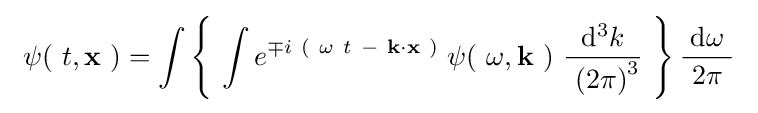
\ \psi (\ t,\mathbf {x} \ )=\int \left\{\ \int e^{\mp i\ \left(\ \omega \ t\ -\ \mathbf {k} \cdot \mathbf {x} \ \right)}\;\psi (\ \omega ,\mathbf {k} \ )\ {\frac {\mathrm {d} ^{3}k}{\ \left(2\pi \right)^{3}}}\ \right\}{\frac {\mathrm {d} \omega }{\ 2\pi \ }}\